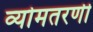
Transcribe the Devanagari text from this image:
व्योमतरणी